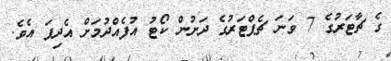
ގެ ޗާޓަރުގެ 7 ވަނަ ޗެޕްޓަރުގެ ދަށުން ކޯޓު އުފެއްދުމަށް އެދިފަ އެވެ.